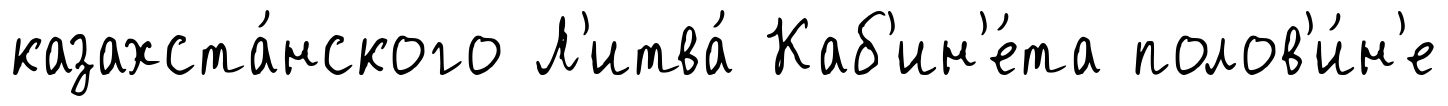
казахста́нского Л'итва́ Каб'ин'е́та полов'и́н'е